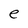
Character: e